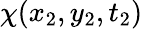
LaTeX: \chi(x_{2},y_{2},t_{2})